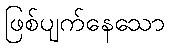
ဖြစ်ပျက်နေသော